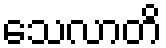
သေလာတိ